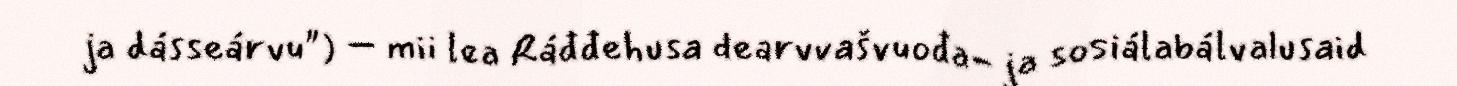
ja dásseárvu") – mii lea Ráđđehusa dearvvašvuođa- ja sosiálabálvalusaid